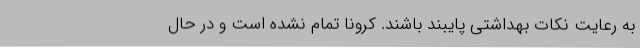
به رعایت نکات بهداشتی پایبند باشند. کرونا تمام نشده است و در حال